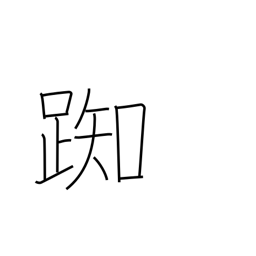
Meaning: hesitate